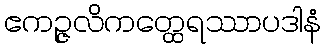
ဧကဉ္ဇလိကတ္ထေရဿာပဒါနံ